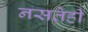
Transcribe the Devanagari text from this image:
नसतेही